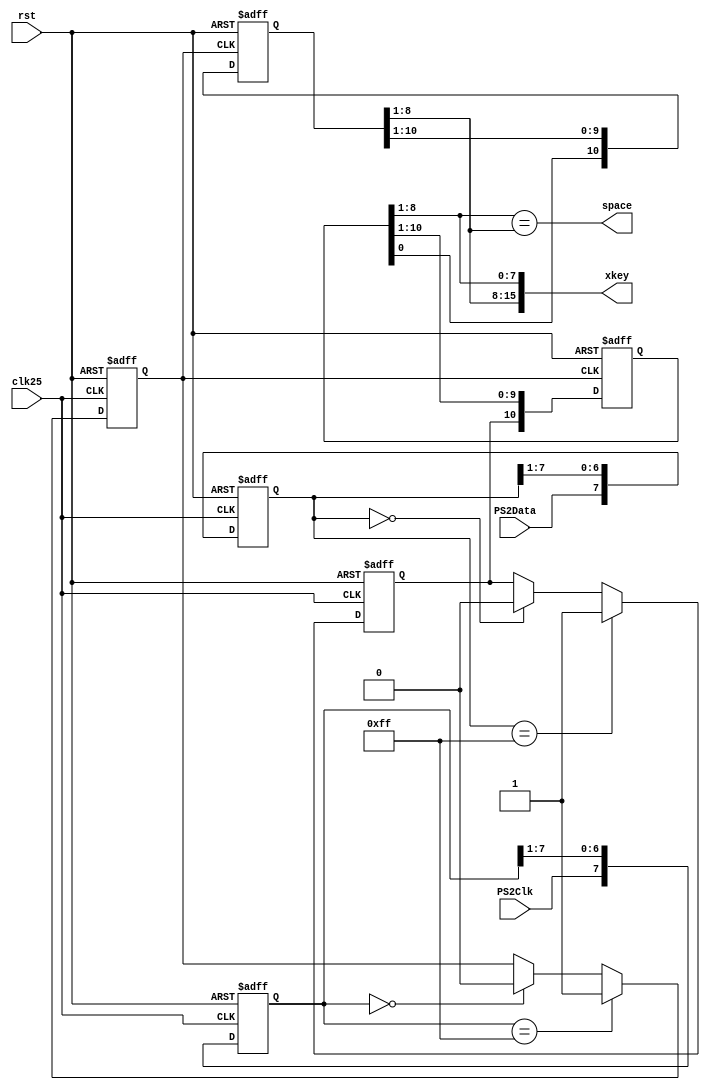
`timescale 1ns / 1ps
//////////////////////////////////////////////////////////////////////////////////
// Company: 
// Engineer: 
// 
// Design Name: 
// Module Name: PS2_Keyboard
// Project Name: 
// Target Devices: 
// Tool Versions: 
// Description: 
// 
// Dependencies: 
// 
// Revision:
// Revision 0.01 - File Created
// Additional Comments:
// 
//////////////////////////////////////////////////////////////////////////////////


module PS2_Keyboard(
    input wire clk25, 
	input wire rst,
	input wire PS2Clk,
	input wire PS2Data,
	output wire [15:0] xkey,
	output wire space
    );
    
    reg PS2Clkf, PS2Dataf;
    reg [7:0] ps2clk_filter, ps2data_filter; //clk and data filters
    reg [10:0] shift1, shift2; //2, 2-digit shift registers
    
    always @(posedge clk25 or posedge rst)
        begin 
            if (rst == 1)
                begin 
                    ps2clk_filter <= 0;
                    ps2data_filter <= 0;
                    PS2Clkf <= 1;
                    PS2Dataf <= 1;
                end
            else
                begin
                    ps2clk_filter[7] <= PS2Clk;
                    ps2clk_filter[6:0] <= ps2clk_filter[7:1];
                    ps2data_filter[7] <= PS2Data;
                    ps2data_filter[6:0] <= ps2data_filter[7:1];
                    
                    if (ps2clk_filter == 8'b11111111) //If filters are full display code
                        PS2Clkf <= 1;
                    else if (ps2clk_filter == 8'b00000000)
                        PS2Clkf <= 0;
                    if(ps2data_filter == 8'b11111111)
                        PS2Dataf <= 1;
                    else if(ps2data_filter == 8'b00000000)
                            PS2Dataf <= 0;
                end
        end
        
    always @(negedge PS2Clkf or posedge rst)
        begin
            if (rst == 1)
                begin 
                    shift1 <= 0;
                    shift2 <= 0;
                end
            else
                begin
                    shift1 <= {PS2Dataf,shift1[10:1]};
                    shift2 <= {shift1[0],shift2[10:1]};
                end
        end
        
        
    assign xkey = {shift2[8:1], shift1[8:1]};
    //assign key3 = xkey == 'hF026 ? 1:0;
    assign space = shift1[8:1] == shift2[8:1];//xkey == 'hF029 ? 1 : 0;
    
endmodule